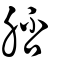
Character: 脴